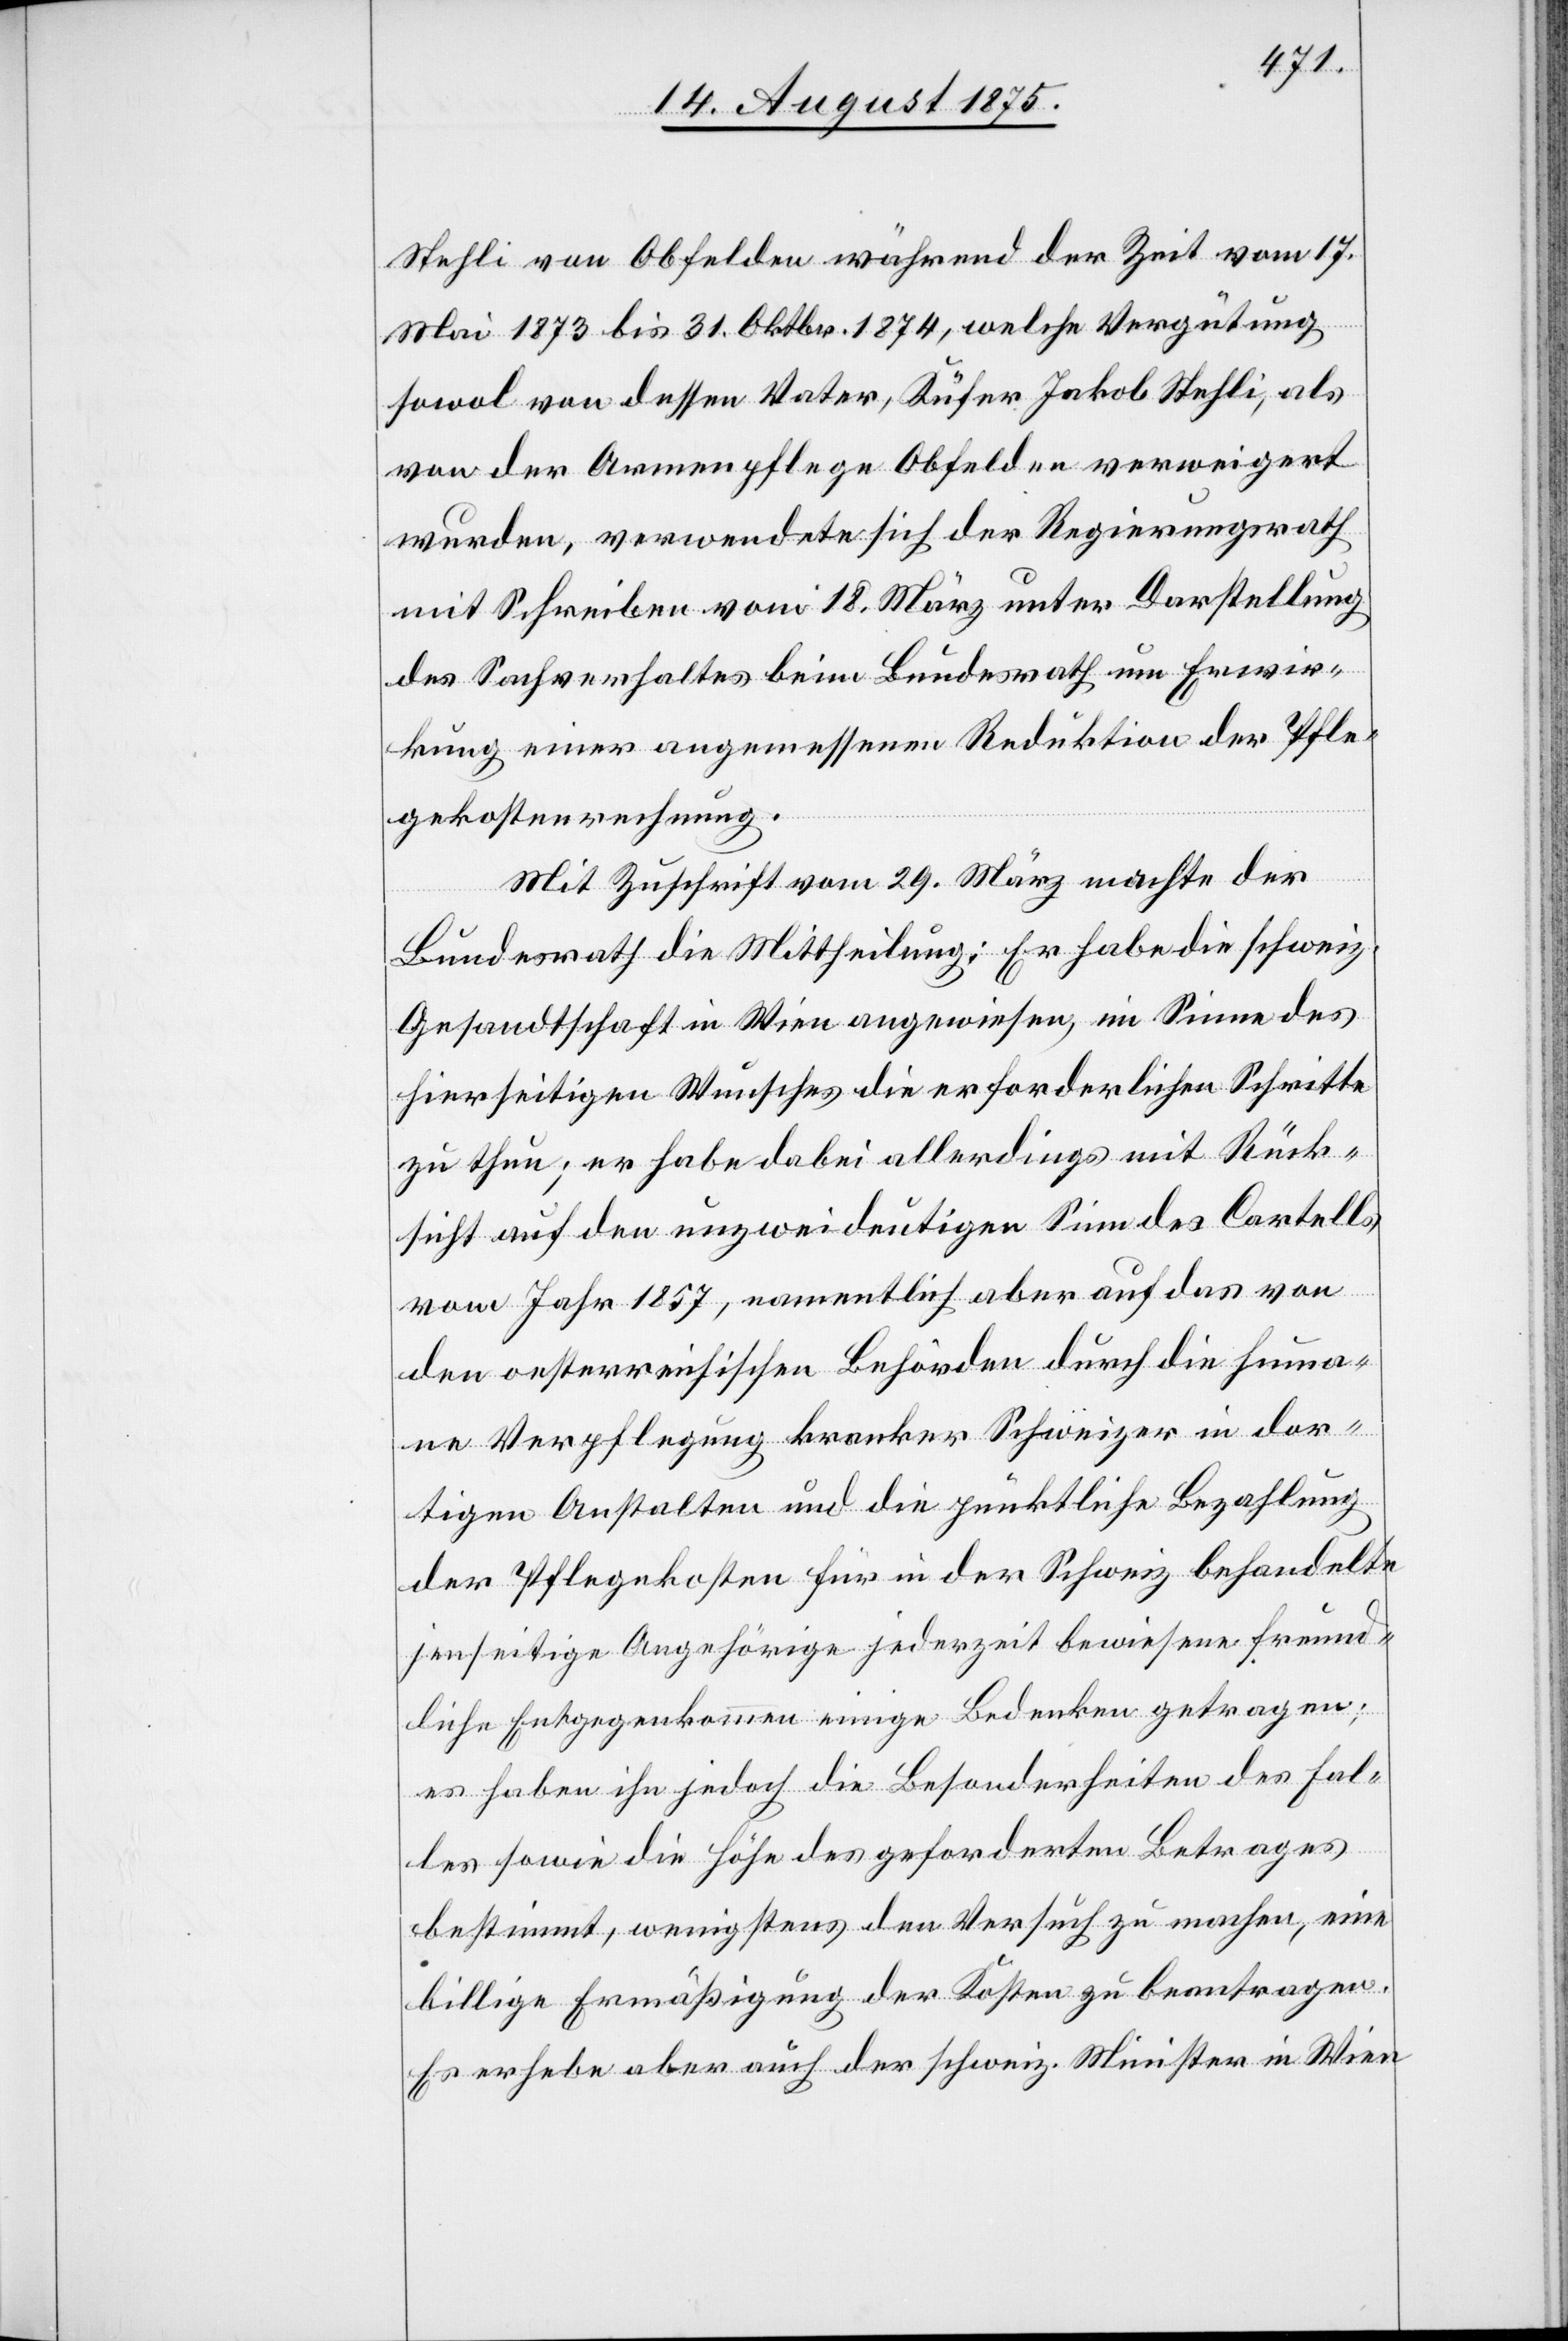
Stehli von Obfelden während der Zeit vom 17.
Mai 1873 bis 31. Okt. 1874, welche Vergütung
sowol von dessen Vater, Küfer Jakob Stehli, als
von der Armenpflege Obfelden verweigert
wurden, verwendete sich der Regierungsrath
mit Schreiben vom 18. März unter Darstellung
des Sachverhaltes beim Bundesrath um Erwir¬
kung einer angemessenen Reduktion der Pfle¬
gekostenrechnung.
Mit Zuschrift vom 29. März machte der
Bundesrath die Mittheilung: Er habe die schweiz.
Gesandtschaft in Wien angewiesen, im Sinne des
hierseitigen Wunsches die erforderlichen Schritte
zu thun; er habe dabei allerdings mit Rück¬
sicht auf den unzweideutigen Sinn des Cartells
vom Jahr 1857, namentlich aber auf das von
den oesterreichischen Behörden durch die huma¬
ne Verpflegung kranker Schweizer in dor¬
tigen Anstalten und die pünktliche Bezahlung
der Pflegekosten für in der Schweiz behandelte
jenseitige Angehörige jederzeit bewiesene freund¬
liche Entgegenkommen einige Bedenken getragen;
es haben ihn jedoch die Besonderheiten des Fal¬
les sowie die Höhe des geforderten Betrages
bestimmt, wenigstens den Versuch zu machen, eine
billige Ermäßigung der Kosten zu beantragen.
Es erhebe aber auch der schweiz. Minister in Wien